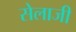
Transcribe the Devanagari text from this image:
सेलाजी